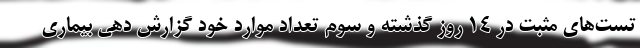
تست‌های مثبت در ۱۴ روز گذشته و سوم تعداد موارد خود گزارش دهی بیماری